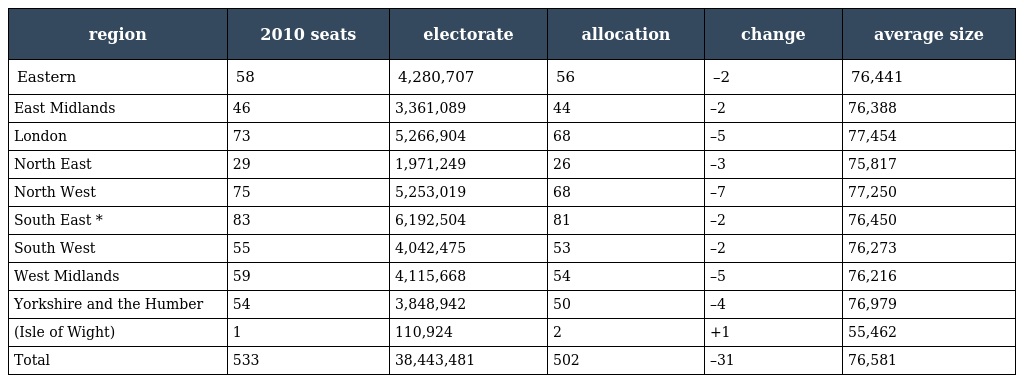
| region | 2010 seats | electorate | allocation | change | average size |
 | --- | --- | --- | --- | --- | --- |
 | Eastern | 58 | 4,280,707 | 56 | –2 | 76,441 |
 | East Midlands | 46 | 3,361,089 | 44 | –2 | 76,388 |
 | London | 73 | 5,266,904 | 68 | –5 | 77,454 |
 | North East | 29 | 1,971,249 | 26 | –3 | 75,817 |
 | North West | 75 | 5,253,019 | 68 | –7 | 77,250 |
 | South East * | 83 | 6,192,504 | 81 | –2 | 76,450 |
 | South West | 55 | 4,042,475 | 53 | –2 | 76,273 |
 | West Midlands | 59 | 4,115,668 | 54 | –5 | 76,216 |
 | Yorkshire and the Humber | 54 | 3,848,942 | 50 | –4 | 76,979 |
 | (Isle of Wight) | 1 | 110,924 | 2 | +1 | 55,462 |
 | Total | 533 | 38,443,481 | 502 | –31 | 76,581 |